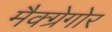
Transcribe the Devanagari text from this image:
मैक्ग्रेगोर